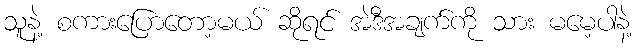
သူနဲ့ စကားပြောတော့မယ် ဆိုရင် အဲဒီအချက်ကို သား မမေ့ပါနဲ့